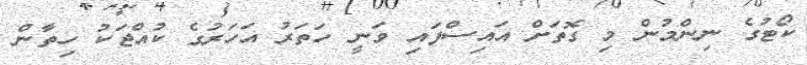
ކޯޓުގެ ނިންމުން މި ގޮތަށް އައިސްފައި ވަނީ ހަތަރު އަހަރުގެ ކުއްޖަކު ހިތާން